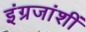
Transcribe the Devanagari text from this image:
इंग्रजांशीं